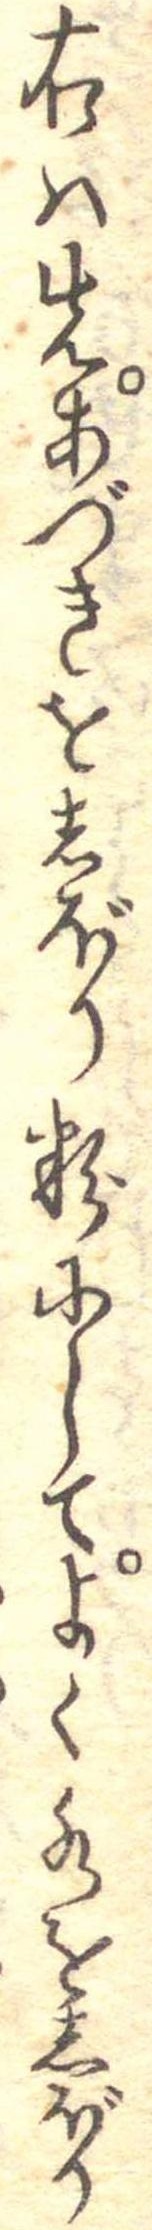
右は先あづきをしぼり粉にしてよく水をしぼり